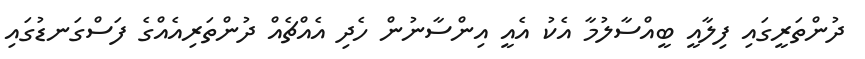
ދުންތަރީގައި ފިލާއީ ބީއްސާލުމާ އެކު އެއީ އިންސާނުން ހެދި އެއްޗެއް ދުންތަރިއެއްގެ ފަސްގަނޑުގައި